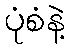
ပုံစံနဲ့